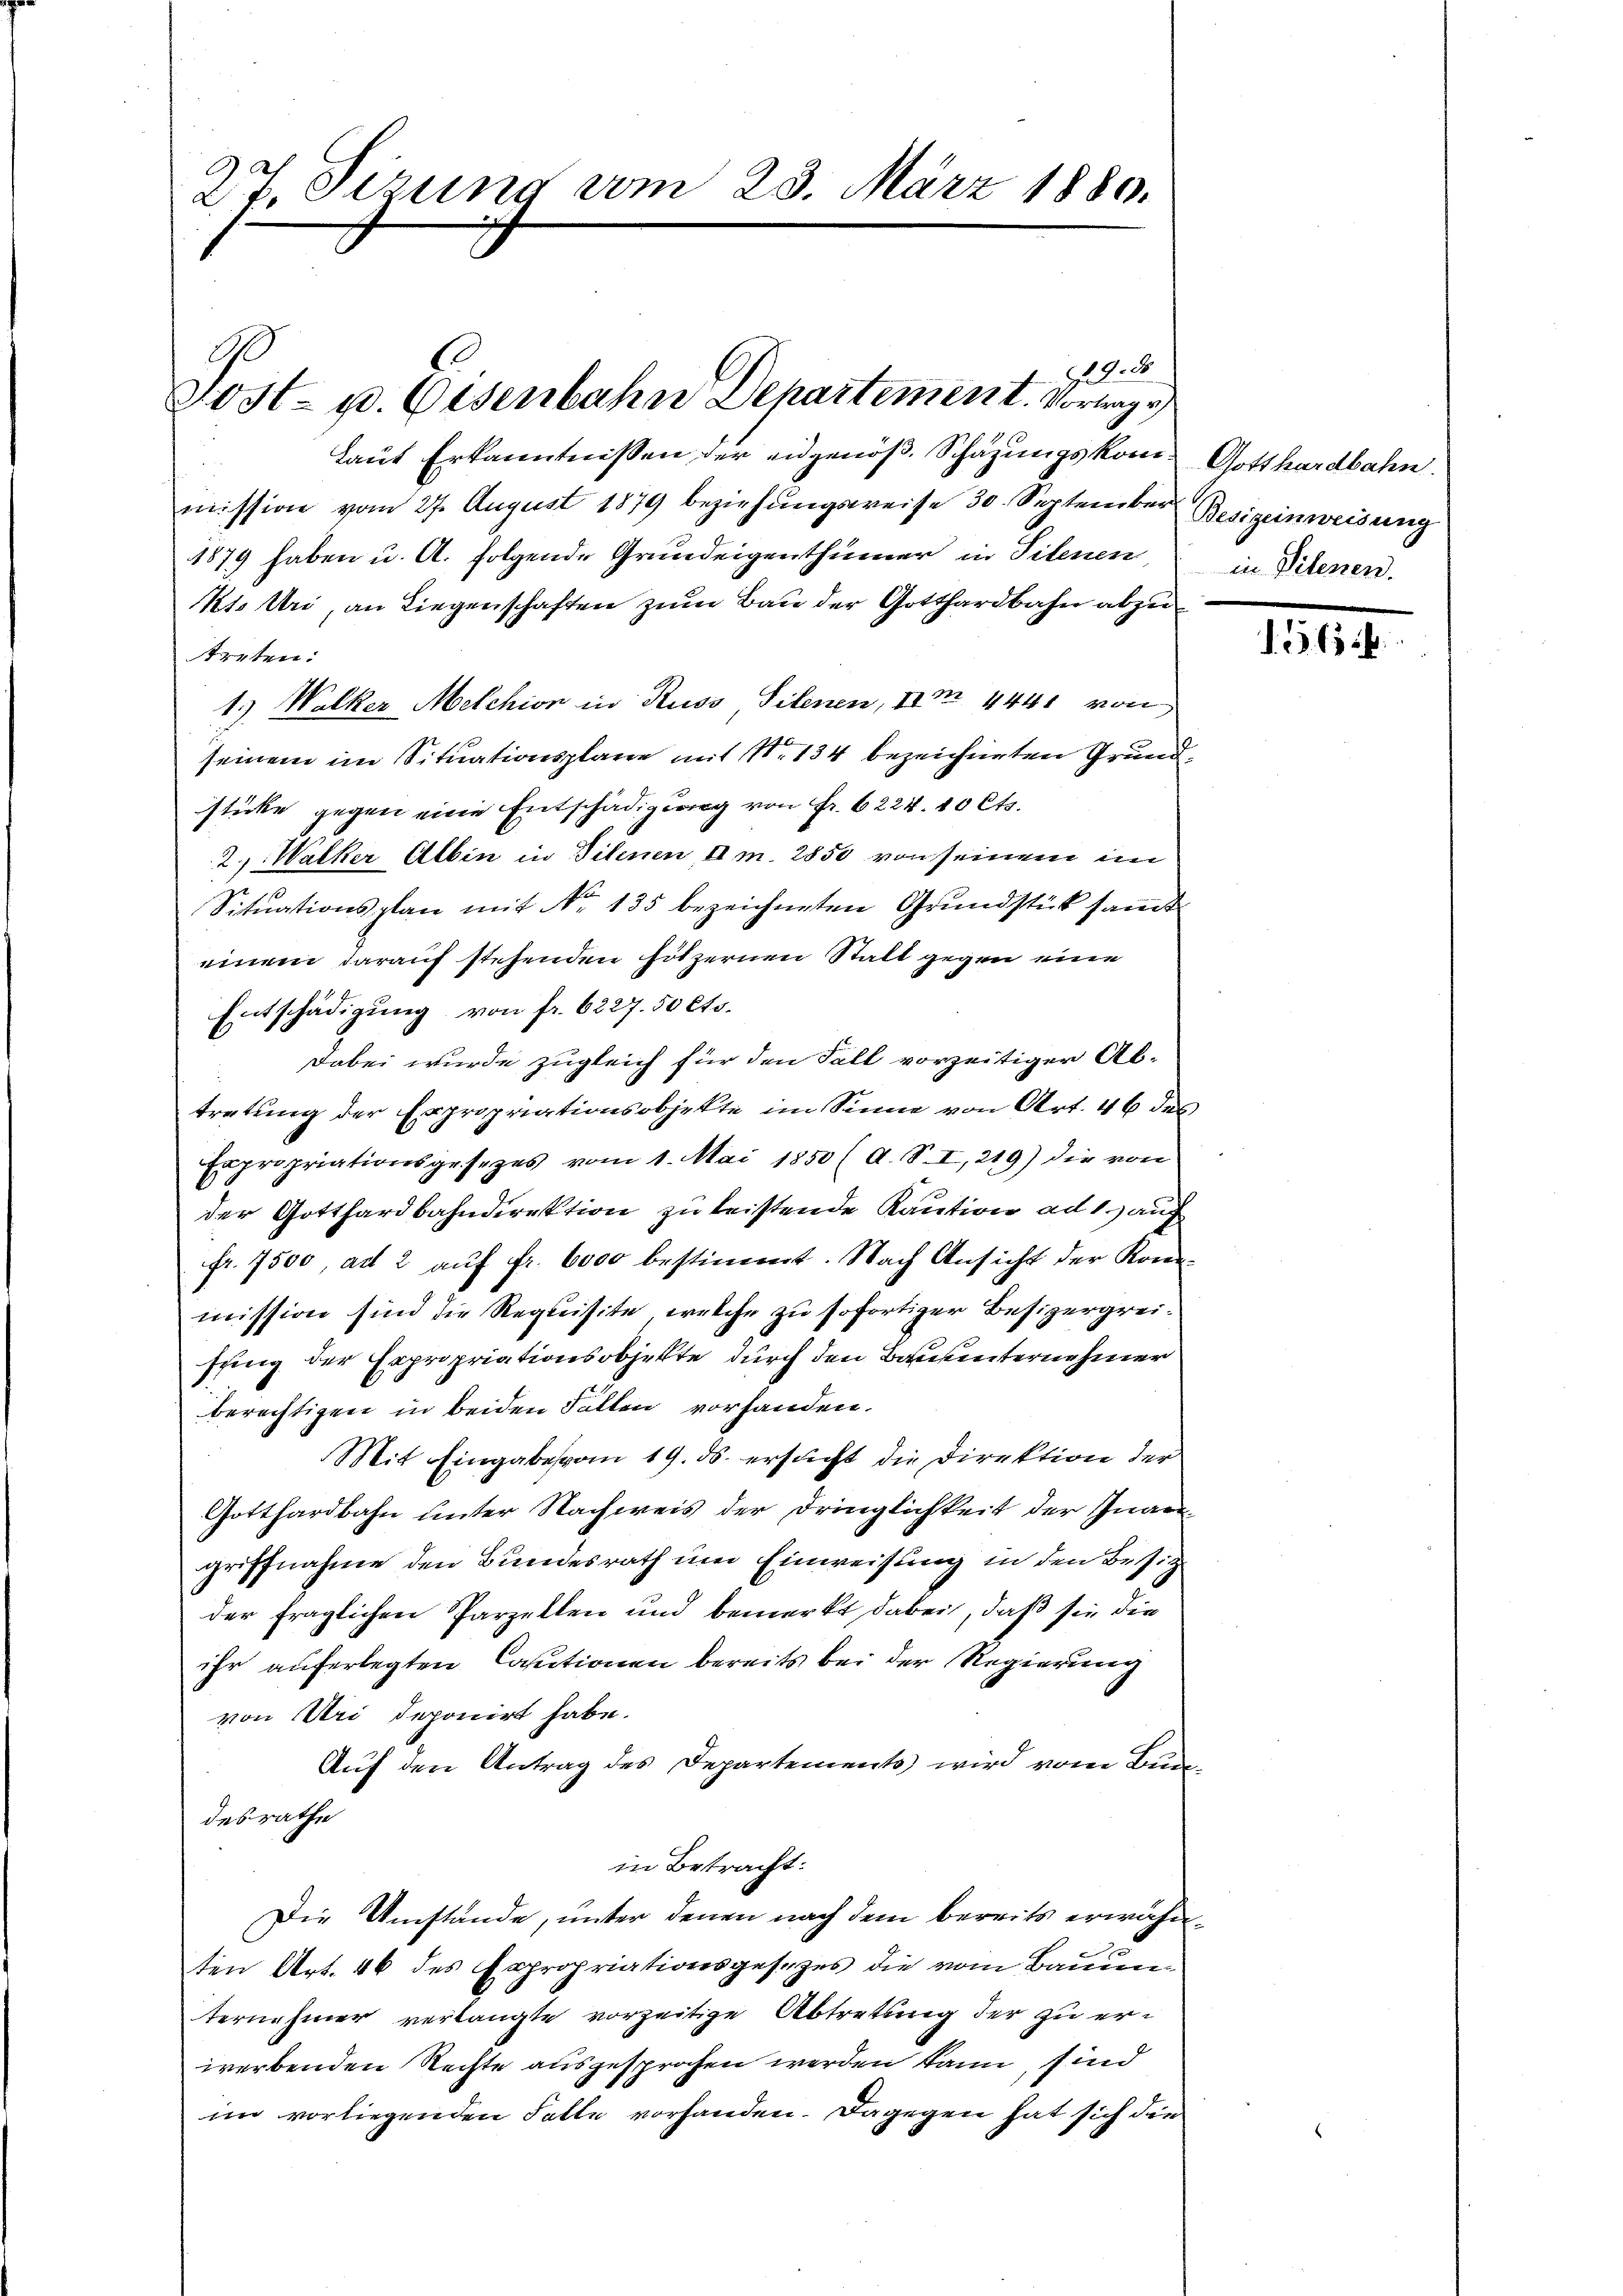
27. Sizung vom 23. März 1880.

Ge
Fost- u. Eisenbahn Departement. Vortrage

Laut Erkanntnissen der eidgenöß. Schazungskom- Gotthardbahn.
mission vom 27. August 1879 beziehungsweise 30. September Besizeinweisung
1879 haben u. A. folgende Grundeigenthümer in Titenen,
kto Uri, an Liegenschaften zum Bau der Gotthardbahn abzutreten:
1.) Wolker Melchion in Russ Silenen, II 4441 von
seinem im Situationsplane mit Nr. 134 bezeichneten Grundstücke gegen eine Entschädigung von Fr. 6224. 10 Cts.
2, Walker Albin in Tilenen, Am. 2850 von seinem im
Sitŭationsplan mit No. 135 bezeichneten Grŭndstück samt
einem darauf stehenden Hötzernen Statt gegen eine
Entschädigung von fr. 6227. 50 Cts.
Dabei wurde zugleich für den Fall vorzeitiger Abtretung der Expropriationsobjekte im Sinne von Art. 46 des
Expropriationsgesetzes vom 1. Mai 1850 (A. S. I, 219) die von
der Gotthardbahndirektion zu leistende Kaution ad 1.) auf
fr. 7500, ad 2 auf fr. 6000 bestimmt. Nach Ansicht der Kon-
mission sind die Requisite, welche zu sofortiger Besizergreisuing der Expropriationsobjekte durch den Bausunternehmer
berechtigen in beiden Fallen vorhanden.
Mit Eingabe vom 19. ds. ersucht die Direktion der
Gotthardbahn unter Nachweis der Dringlichkeit der Quargriffnahme den Bundesrath um Einweisung in den Besiz
der fraglichen Parzellen und bemerkt dabei, daß sie die
ihr auferlegten Cautionen bereits bei der Regierung
von Uri deponirt habe.
Auf den Antrag des Departements wird vom Bundesrathe
in Betracht:
Die Umstände, unter denen nach dem bereits erwähnten Art. 46 des Expropriationsgesezes die vom Bauun
ternehmer verlangte vorzeitige Abtretung der zu erwerbenden Rechte ausgesprochen werden kann, sind
im vorliegenden Falle vorhanden. Dagegen hat sich die

9.2.8.

in Pilenen.

365 f